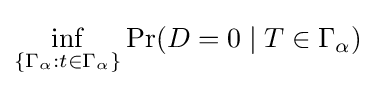
\inf _{\{\Gamma _{\alpha }:t\in \Gamma _{\alpha }\}}\Pr(D=0\mid T\in \Gamma _{\alpha })